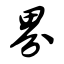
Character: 界